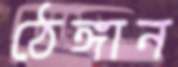
ঠেঙ্গান